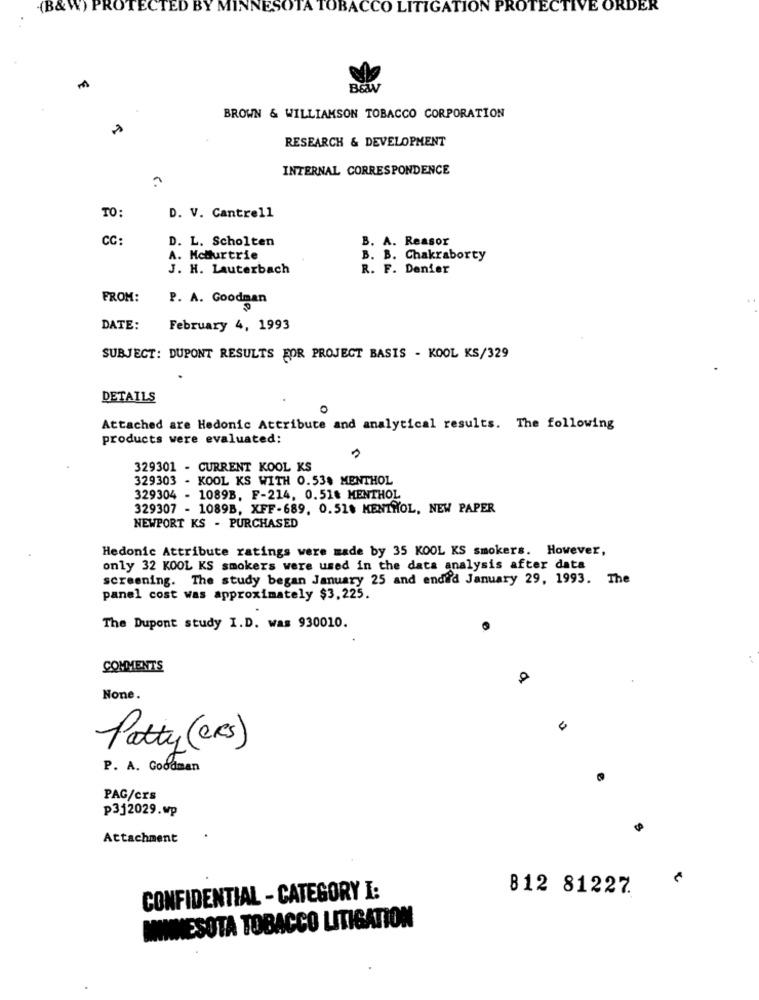
(B&W) PROTECTED
SOTA TOBACCO LITIGATION PROTECTIVE ORDER
BROWN & WILLIAMSON TOBACCO CORPORATION
RESEARCH & DEVELOPMENT
INTERNAL CORRESPONDENCE
TO:
D. V. Cantrell
CC:
D. L. Scholten
B. A. Reasor
A. Mctturtrie
B. B. Chakraborty
J. H. Lauterbach
R. F. Denier
FROM:
P. A. Goodman
DATE:
February 4, 1993
SUBJECT: DUPONT RESULTS FOR PROJECT BASIS - KOOL KS/329
DETAILS
Attached are Hedonic Attribute and analytical results. The following
products were evaluated:
329301 - CURRENT KOOL KS
329303 - KOOL KS WITH 0.53% MENTHOL
329304 - 1089B. F-214, 0.518 MENTHOL
329307 - 1089B, XFF-689, 0.518 MENTHOL, NEW PAPER
NEWPORT KS - PURCHASED
Hedonic Attribute ratings were made by 35 KOOL KS smokers. However,
only 32 KOOL KS smokers were used in the data analysis after data
screening. The study began January 25 and endi'd January 29, 1993. The
panel cost was approximately $3,225.
The Dupont study I.D. was 930010.
COMMENTS
None.
Patty(ers)
P. A. Goodman
PAG/crs
p3j2029.wp
Attachment
812 81227
CONFIDENTIAL - CATEGORY I:
MINNESOTA TOBACCO LITIGATION